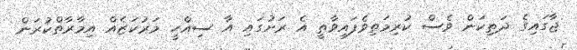
ޖާގައިގެ ދަތިކަން ވެސް ކުރިމަތިވެފައިވާތީ އެ ރަށުގައި އާ ސިއްހީ މަރުކަޒެއް އިމާރާތްކުރަން